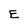
Character: E